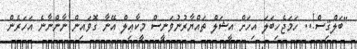
"ބަލްޤިސް!.. ހަމަޖެހިބަލަ އިހަށް އީޝަލް ތައްޔާރުނުވަނީސް މީކާޢިލް އޭނާ ގޮވައިން ނާންނާނެ އަހަރެން